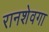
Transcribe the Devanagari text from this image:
रानशेवगा